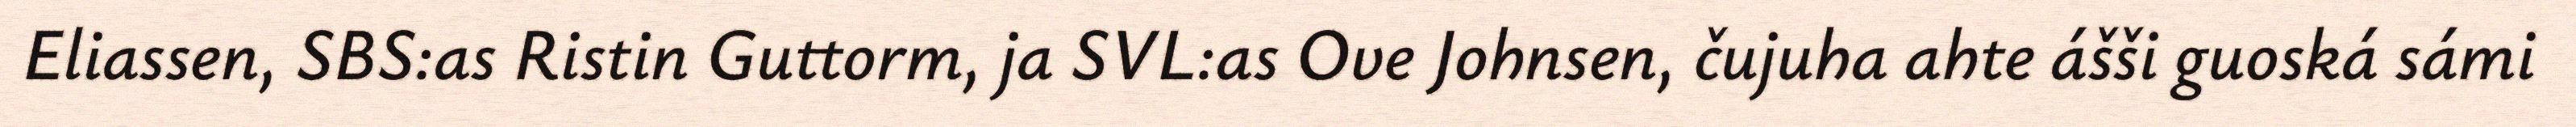
Eliassen, SBS:as Ristin Guttorm, ja SVL:as Ove Johnsen, čujuha ahte ášši guoská sámi